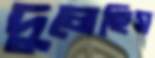
দুলেছিস